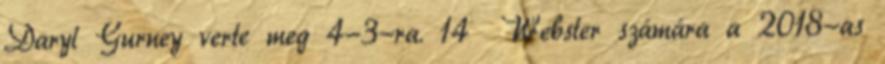
Daryl Gurney verte meg 4-3-ra. 14 Webster számára a 2018-as